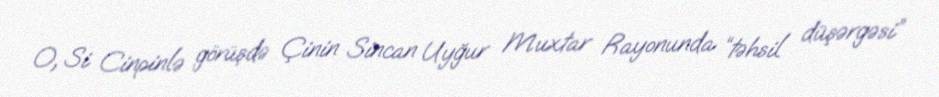
O, Si Cinpinlə görüşdə Çinin Sincan Uyğur Muxtar Rayonunda “təhsil düşərgəsi”